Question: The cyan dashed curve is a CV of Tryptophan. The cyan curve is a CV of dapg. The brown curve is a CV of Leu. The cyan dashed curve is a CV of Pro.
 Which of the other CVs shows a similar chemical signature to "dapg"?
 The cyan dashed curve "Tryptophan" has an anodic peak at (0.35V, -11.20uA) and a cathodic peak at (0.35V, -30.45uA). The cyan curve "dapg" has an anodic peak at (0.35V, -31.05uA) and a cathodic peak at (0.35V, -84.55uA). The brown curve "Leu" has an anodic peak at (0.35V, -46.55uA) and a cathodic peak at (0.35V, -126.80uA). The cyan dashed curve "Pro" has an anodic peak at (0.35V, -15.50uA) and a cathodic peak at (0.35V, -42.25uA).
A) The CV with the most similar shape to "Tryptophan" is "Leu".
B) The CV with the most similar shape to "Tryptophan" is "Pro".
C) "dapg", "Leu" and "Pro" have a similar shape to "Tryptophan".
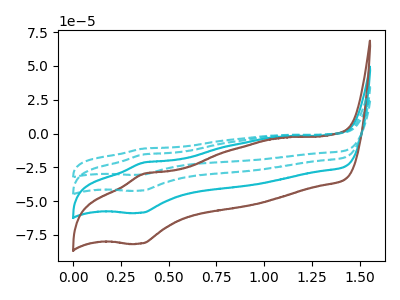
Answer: <think>All the peaks in "Tryptophan" have a peak in "dapg" at the same potential. All the peaks in "Tryptophan" have a peak in "Leu" at the same potential. All the peaks in "Tryptophan" have a peak in "Pro" at the same potential. All the peaks in "dapg" have a peak in "Leu" at the same potential. All the peaks in "dapg" have a peak in "Pro" at the same potential. All the peaks in "Leu" have a peak in "Pro" at the same potential.
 </think>
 <answer>C) "dapg", "Leu" and "Pro" have a similar shape to "Tryptophan".</answer>
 <eval>C</eval>